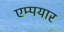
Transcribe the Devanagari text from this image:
एम्पयार